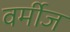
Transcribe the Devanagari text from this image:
वर्मीज